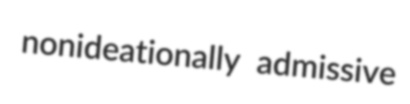
nonideationally admissive